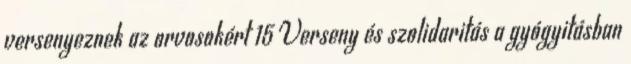
versenyeznek az orvosokért 15 Verseny és szolidaritás a gyógyitásban